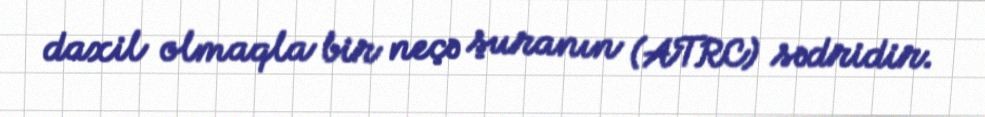
daxil olmaqla bir neçə şuranın (ATRC) sədridir.